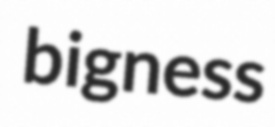
bigness